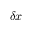
\delta x